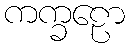
ကက္ခဠော